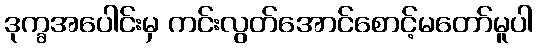
ဒုက္ခအပေါင်းမှ ကင်းလွတ်အောင်စောင့်မတော်မူပါ